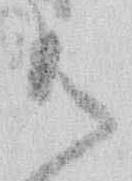
御